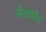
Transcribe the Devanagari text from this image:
मेक्कॉय